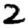
Digit: 2